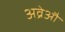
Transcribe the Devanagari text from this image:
अव्रेऔ